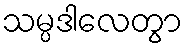
သမ္ပဒါလေတွာ